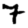
Digit: 7